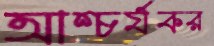
আশ্চর্যকর